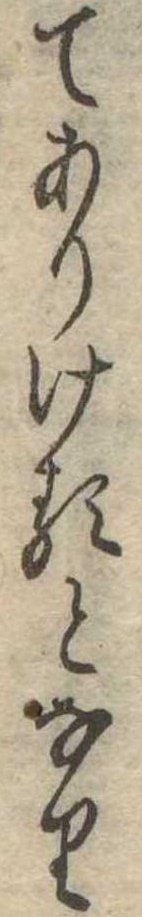
てありけるとなり